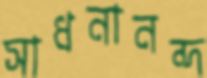
সাধনানন্দ